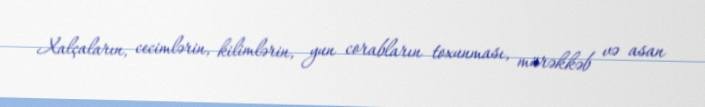
Xalçaların, cecimlərin, kilimlərin, yun corabların toxunması, mürəkkəb və asan